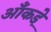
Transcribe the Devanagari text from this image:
आँकडे़